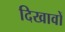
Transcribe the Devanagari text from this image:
दिखावों